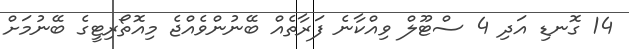
14 ގޮނޑި އަދި 4 ސްޓޫލް ވިއްކާނެ ފަރާތެއް ބޭނުންވެއްޖެ މިއޮތޯރިޓީގެ ބޭނުމަށް